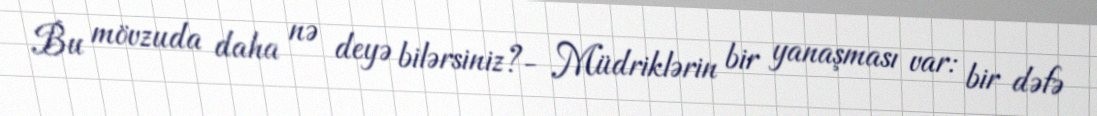
Bu mövzuda daha nə deyə bilərsiniz?- Müdriklərin bir yanaşması var: bir dəfə